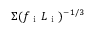
\Sigma ( f _ { \mathrm { ~ i ~ } } L _ { \mathrm { ~ i ~ } } ) ^ { - 1 / 3 }